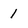
Character: 1